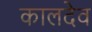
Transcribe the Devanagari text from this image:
कालदेव